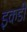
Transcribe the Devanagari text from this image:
इकडी